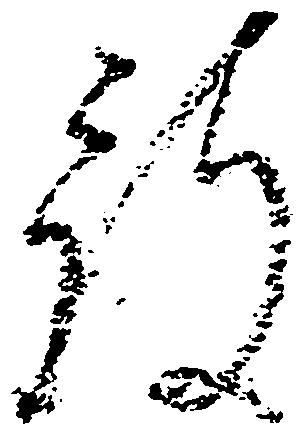
被